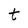
Character: t